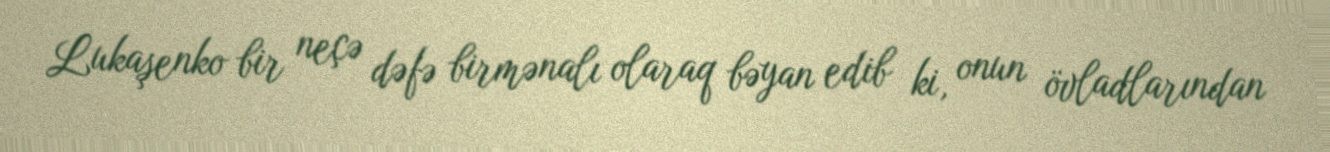
Lukaşenko bir neçə dəfə birmənalı olaraq bəyan edib ki, onun övladlarından